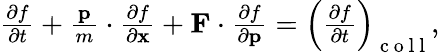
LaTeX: \begin{array}{r}{\frac{\partial f}{\partial t}+\frac{\mathbf{p}}{m}\cdot\frac{\partial f}{\partial\mathbf{x}}+\mathbf{F}\cdot\frac{\partial f}{\partial\mathbf{p}}=\left(\frac{\partial f}{\partial t}\right)_{\mathrm{~c~o~l~l~}},}\end{array}